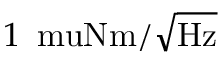
1 \, \mathrm { \ m u N m / \sqrt { H z } }